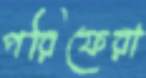
পরিফেরা